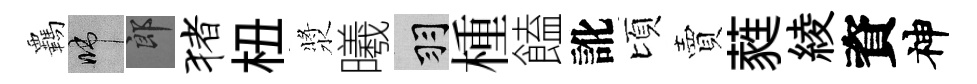
覊啼郎猪杻漿曦羽㮔饁訛頃賣蕤綾資神